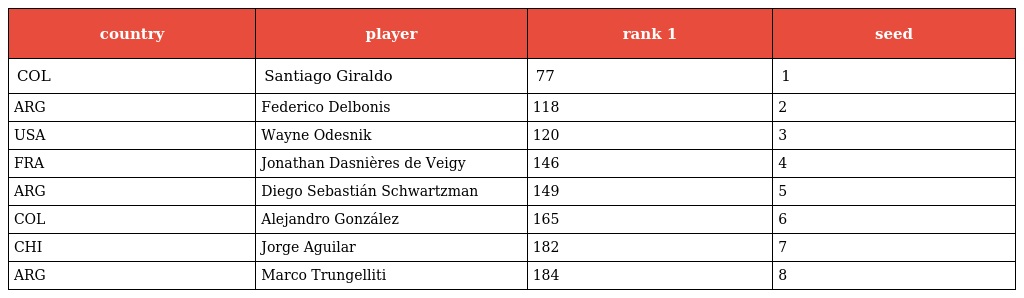
| country | player | rank 1 | seed |
 | --- | --- | --- | --- |
 | COL | Santiago Giraldo | 77 | 1 |
 | ARG | Federico Delbonis | 118 | 2 |
 | USA | Wayne Odesnik | 120 | 3 |
 | FRA | Jonathan Dasnières de Veigy | 146 | 4 |
 | ARG | Diego Sebastián Schwartzman | 149 | 5 |
 | COL | Alejandro González | 165 | 6 |
 | CHI | Jorge Aguilar | 182 | 7 |
 | ARG | Marco Trungelliti | 184 | 8 |